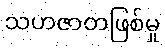
သဟဇာတဖြစ်မှု